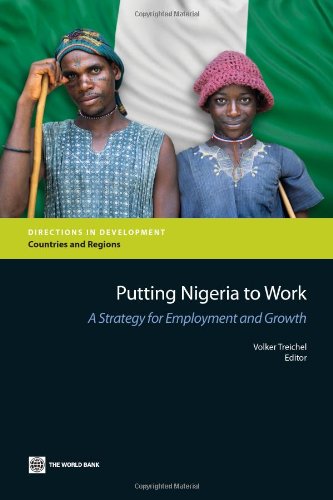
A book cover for Putting Nigeria to Work: A Strategy for Employment and Growth (Directions in Development); Business & Money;